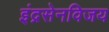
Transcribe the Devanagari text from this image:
इंद्रसेनविजय